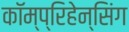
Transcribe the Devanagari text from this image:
कॉम्प्रिहेन्सिंग